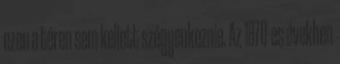
ezen a téren sem kellett szégyenkeznie. Az 1870-es években